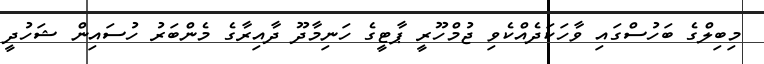
މިބިލްގެ ބަހުސްގައި ވާހަކަދެއްކެވި ޖުމްހޫރީ ޕާޓީގެ ހަނިމާދޫ ދާއިރާގެ މެންބަރު ހުސައިން ޝަހުދީ